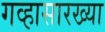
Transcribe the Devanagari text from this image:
गव्हासारख्या